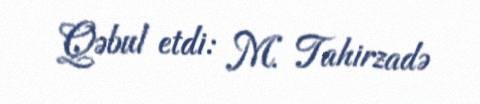
Qəbul etdi: M. Tahirzadə